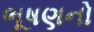
ભૂષણનો